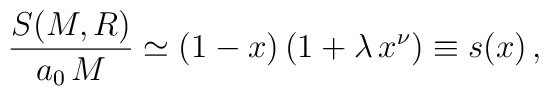
\frac{S(M,R)}{a_0 \, M} \simeq (1-x) \, (1+\lambda \, x^{\nu}) \equiv s(x) \, ,